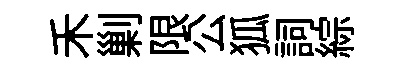
禾剿限公狐詞綜